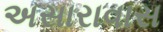
અસારાવાસ